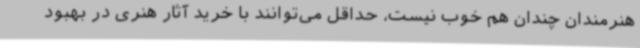
هنرمندان چندان هم خوب نیست، حداقل می‌توانند با خرید آثار هنری در بهبود